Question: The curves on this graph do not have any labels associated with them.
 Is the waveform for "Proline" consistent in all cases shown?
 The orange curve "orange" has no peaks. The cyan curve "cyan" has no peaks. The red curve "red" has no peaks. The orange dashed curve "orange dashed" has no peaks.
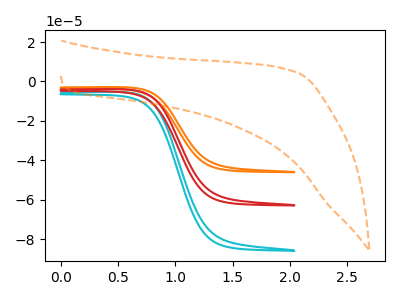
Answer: <think>Neither "orange" or "cyan" have any peaks. Neither "orange" or "red" have any peaks. Neither "orange" or "orange dashed" have any peaks. Neither "cyan" or "red" have any peaks. Neither "cyan" or "orange dashed" have any peaks. Neither "red" or "orange dashed" have any peaks.
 </think>
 <answer>All the CV's of "Proline" have similar shape.</answer>
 <eval>follow_rule</eval>